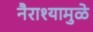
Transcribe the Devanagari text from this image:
नैराश्यामुळे